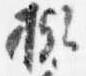
擬